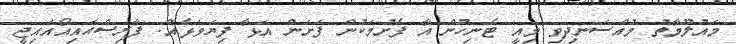
މައުލޫމާތު މުއްސަނދިވި މިއީ ޓެނިހުން އާ ފެށުމަކުން ފަށަން އަޅާ ފިޔަވަޅެއް: ފާރިސްއައިއޯއައިޖީ